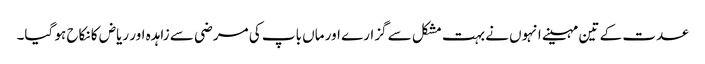
عدت کے تین مہینے انہوں نے بہت مشکل سے گزارے اور ماں باپ کی مرضی سے زاہدہ اور ریاض کا نکاح ہو گیا۔